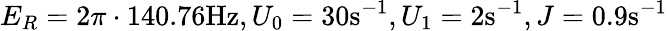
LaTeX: E_{R}=2\pi\cdot 140.76\mathrm{Hz},U_{0}=30\mathrm{s}^{-1},U_{1}=2\mathrm{s}^{-1},J=0.9\mathrm{s}^{-1}